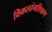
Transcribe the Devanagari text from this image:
विकलांगशिक्षण